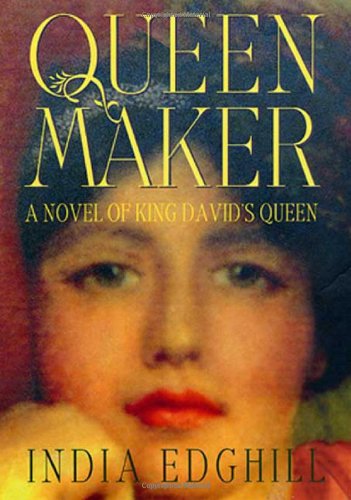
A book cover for Queenmaker: A Novel of King David's Queen; India Edghill; Christian Books & Bibles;